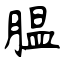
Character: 腽